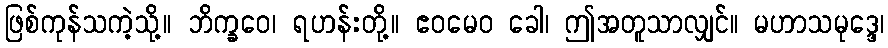
ဖြစ်ကုန်သကဲ့သို့။ ဘိက္ခဝေ၊ ရဟန်းတို့။ ဧဝမေဝ ခေါ၊ ဤအတူသာလျှင်။ မဟာသမုဒ္ဒေ၊